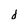
Character: d